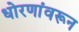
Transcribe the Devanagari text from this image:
धोरणांवरून